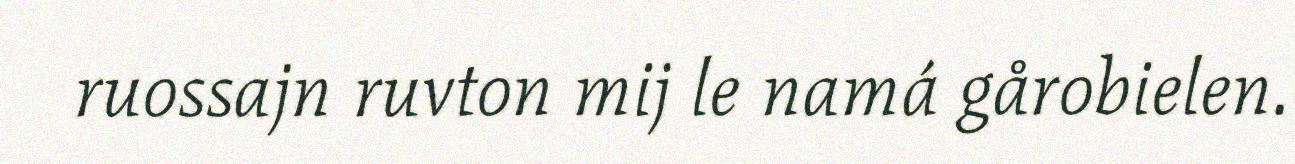
ruossajn ruvton mij le namá gårobielen.